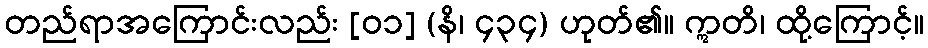
တည်ရာအကြောင်းလည်း [၀၁] (နိ၊ ၄၃၄) ဟုတ်၏။ ဣတိ၊ ထို့ကြောင့်။